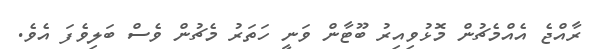
ރާއްޖެ އެއްމެޗުން މޮޅުވިއިރު ބޫޓާން ވަނީ ހަތަރު މެޗުން ވެސް ބަލިވެފަ އެވެ.